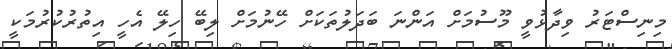
މިނިސްޓަރު ވިދާޅުވީ މޫސުމަށް އަންނަ ބަދަލުތަކަށް ހޭނުމަށް ލިބޭ ހިލޭ އެހީ އިތުރުކުރުމަކީ